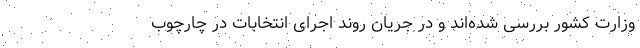
وزارت کشور بررسی شده‌اند و در جریان روند اجرای انتخابات در چارچوب